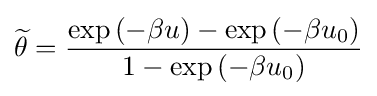
{\widetilde {\theta }}={\frac {\exp {(-\beta u)}-\exp {(-\beta u_{0})}}{1-\exp {(-\beta u_{0})}}}